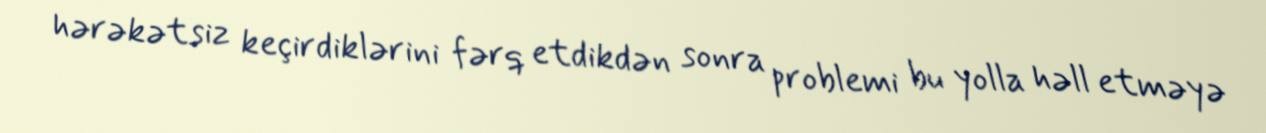
hərəkətsiz keçirdiklərini fərq etdikdən sonra problemi bu yolla həll etməyə